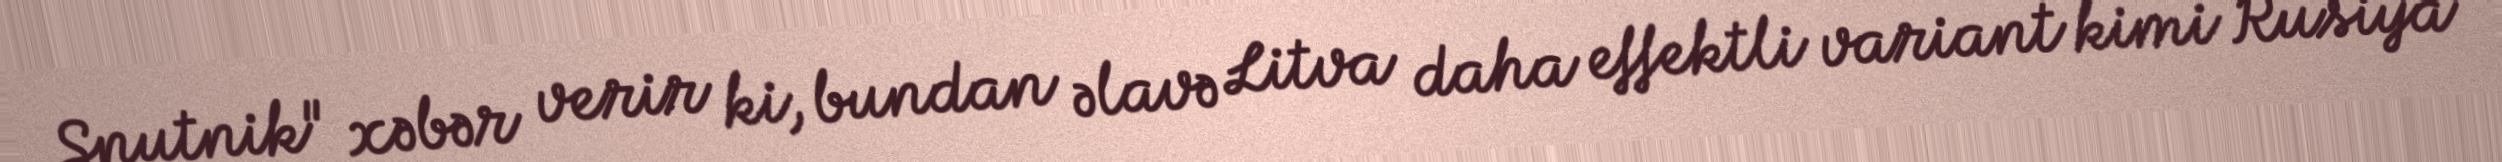
Sputnik" xəbər verir ki, bundan əlavə Litva daha effektli variant kimi Rusiya